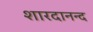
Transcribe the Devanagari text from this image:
शारदानन्द